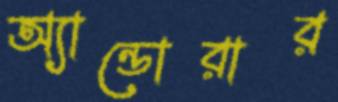
অ্যান্ডোরার